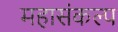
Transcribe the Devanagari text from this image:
महासंकल्प